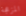
المزعجة